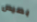
بصيص